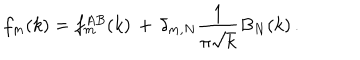
f _ { m } ( k ) = f _ { m } ^ { A B } ( k ) \, + \, \delta _ { m , N } { \frac { 1 } { \pi \sqrt { k } } } B _ { N } ( k ) \, .